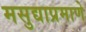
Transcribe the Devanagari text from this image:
मसुद्याप्रमाणे